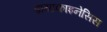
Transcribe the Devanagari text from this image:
डायाकाइनेसिस